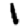
Digit: 1